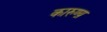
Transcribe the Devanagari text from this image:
कारुण्य़